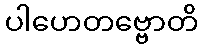
ပါဟေတဗ္ဗောတိ